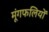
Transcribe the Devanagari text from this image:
मूंगफलियों